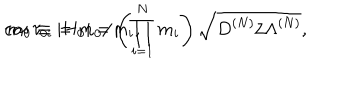
\cos \tau _ { 0 i } = m _ { 0 } / m _ { i } , \hspace { 8 m m } m _ { 0 } \equiv | H _ { 0 } | = \left( \prod _ { i = 1 } ^ { N } m _ { i } \right) \sqrt { D ^ { ( N ) } / \Lambda ^ { ( N ) } } ,